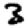
Digit: 3